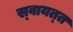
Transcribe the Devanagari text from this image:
स्‍वायत्‍त